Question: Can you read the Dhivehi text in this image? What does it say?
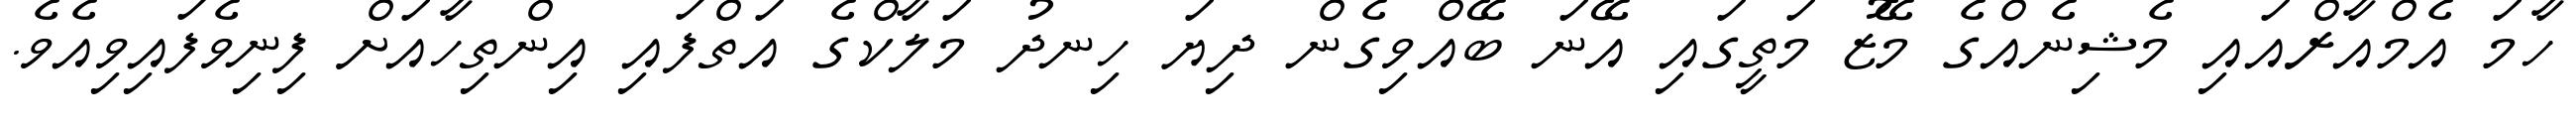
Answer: ހާމަ އެމްއާރްއައި މެޝިނެއްގެ މޭޒު މަތީގައި އޭނަ ބޭއްވިގެން ދިޔަ ހިނދު މަލާކްގެ އަތްފައި އިންތިހާއަށް ފިނިވެފައިވިއެވެ.